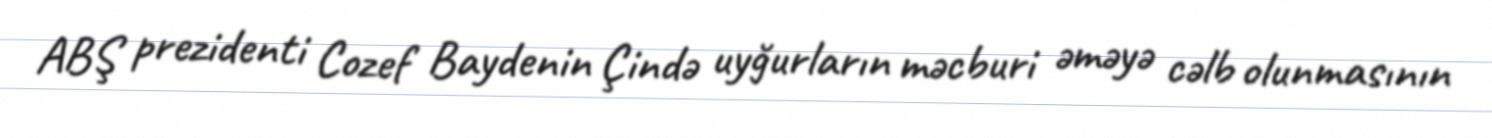
ABŞ prezidenti Cozef Baydenin Çində uyğurların məcburi əməyə cəlb olunmasının